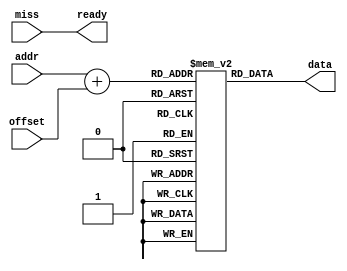
module MainMemory(input [14:0] addr,input [1:0] offset,input miss,
                  output [31:0] data,output ready);
    reg [31:0] memory [32000:0];
    assign data = memory[addr+offset];
    assign ready = miss;
    
    initial begin: TEST
        integer i;
        for (i = 1024; i < 9024;i = i+1) begin
            memory[i] = i - 1023;
        end
    end
endmodule